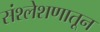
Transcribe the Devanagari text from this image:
संश्लेशणातून